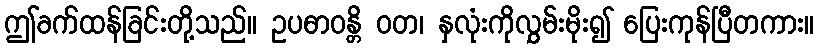
ဤခက်ထန်ခြင်းတို့သည်။ ဥပဓာဝန္တိ ဝတ၊ နှလုံးကိုလွှမ်းမိုး၍ ပြေးကုန်ပြီတကား။